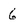
Character: 6